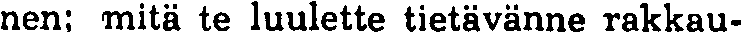
nen: mitä te luulette tietävänne rakkau-